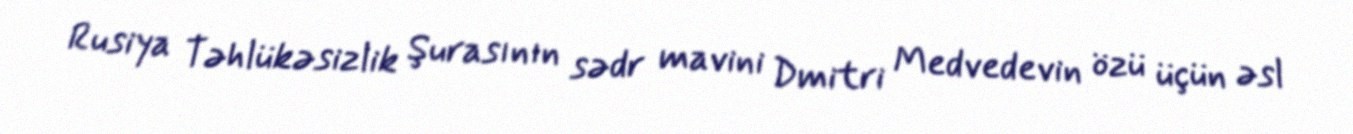
Rusiya Təhlükəsizlik Şurasının sədr mavini Dmitri Medvedevin özü üçün əsl